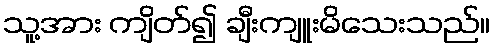
သူ့အား ကျိတ်၍ ချီးကျူးမိသေးသည်။